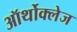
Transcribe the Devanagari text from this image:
ऑर्थोक्लेज